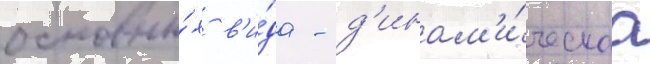
основны́х в'и́да - д'инам'и́ческаа